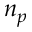
n _ { p }